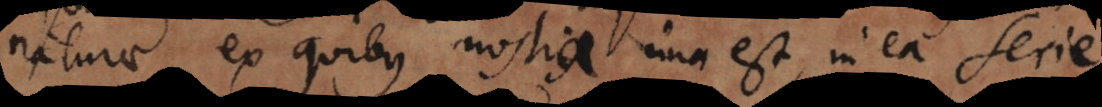
naturae, ex quibus nostra una est, in ea serie